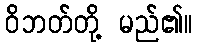
ဝိဘတ်တို့ မည်၏။